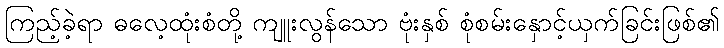
ကြည့်ခဲ့ရာ ဓလေ့ထုံးစံတို့ ကျူးလွန်သော ဗုံးနှစ် စုံစမ်းနှောင့်ယှက်ခြင်းဖြစ်၏